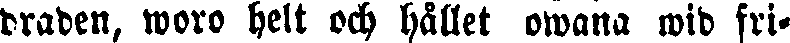
draden, woro helt och hållet owana wid fri-